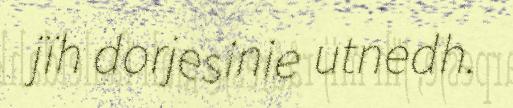
jïh dorjesinie utnedh.